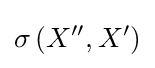
\sigma \left(X^{\prime \prime },X^{\prime }\right)